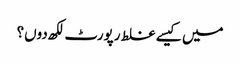
میں کیسے غلط رپورٹ لکھ دوں؟